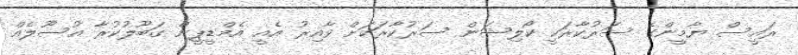
ރައީސް ޔާމީންގެ ސަރުކާރަކީ ކޯލިޝަން ސަރުކާރަކަށް ވާއިރު އެއީ އެމްޑީޕީން ގަބޫލުކުރާ އުސޫލެއް